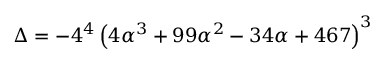
\Delta = - 4 ^ { 4 } \left( 4 \alpha ^ { 3 } + 9 9 \alpha ^ { 2 } - 3 4 \alpha + 4 6 7 \right) ^ { 3 }